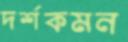
দর্শকমন